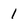
Character: 1